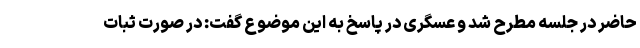
حاضر در جلسه مطرح شد و عسگری در پاسخ به این موضوع گفت: در صورت ثبات